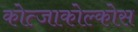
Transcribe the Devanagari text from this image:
कोत्जाकोल्कोस